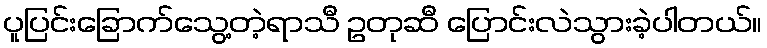
ပူပြင်းခြောက်သွေ့တဲ့ရာသီ ဥတုဆီ ပြောင်းလဲသွားခဲ့ပါတယ်။